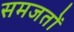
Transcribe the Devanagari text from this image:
समजतों